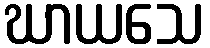
ဃာယသေ